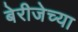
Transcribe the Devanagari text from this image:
बेरीजेच्या